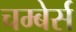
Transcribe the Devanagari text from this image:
चम्बेर्स